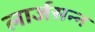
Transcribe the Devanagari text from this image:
लार्जसन्न